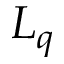
L _ { q }